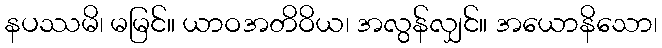
နပဿမိ၊ မမြင်။ ယာဝအတိဝိယ၊ အလွန်လျှင်။ အယောနိသော၊